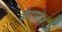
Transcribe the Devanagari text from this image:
सैटफोन